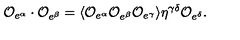
{ \cal O } _ { e ^ { \alpha } } \cdot { \cal O } _ { e ^ { \beta } } = \langle { \cal O } _ { e ^ { \alpha } } { \cal O } _ { e ^ { \beta } } { \cal O } _ { e ^ { \gamma } } \rangle \eta ^ { \gamma \delta } { \cal O } _ { e ^ { \delta } } .